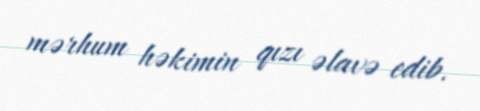
mərhum həkimin qızı əlavə edib.